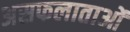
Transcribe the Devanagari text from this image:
असफलाताओं